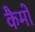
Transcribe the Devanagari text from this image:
कैमो